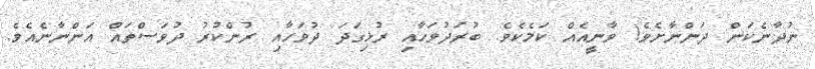
ނުދާނެކަން ދަންނާށެވެ! ވާނީއެއް ކަމެކެވެ. ބުރަދުވަހާއި ރުޅިގަދަ ދުވަހާއި ރުންކުރު ދުވަސްތައް އަންނާނެއެވެ.